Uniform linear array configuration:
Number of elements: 4
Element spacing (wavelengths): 0.25
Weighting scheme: exponential
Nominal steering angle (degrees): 0
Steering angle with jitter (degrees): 1.199
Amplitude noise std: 0.05
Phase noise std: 0.05

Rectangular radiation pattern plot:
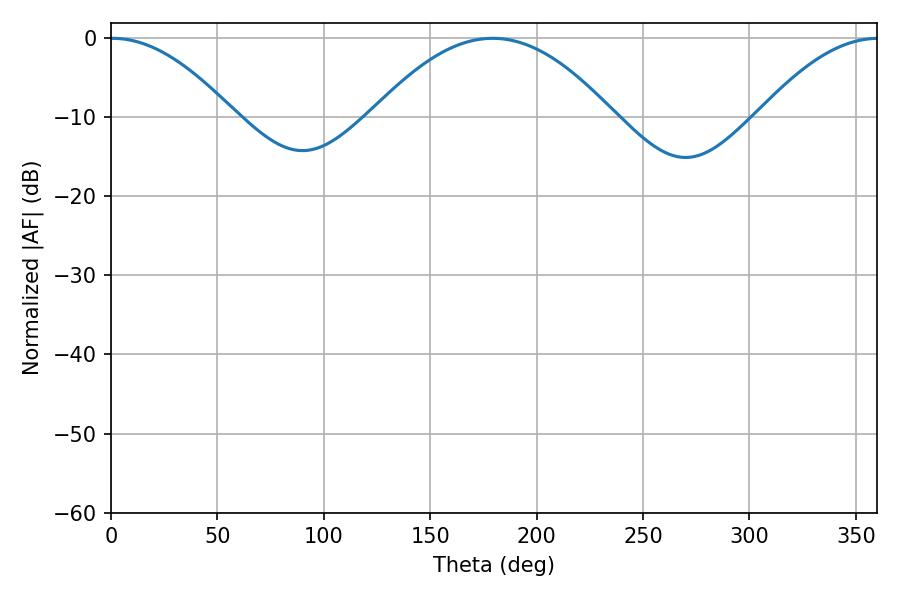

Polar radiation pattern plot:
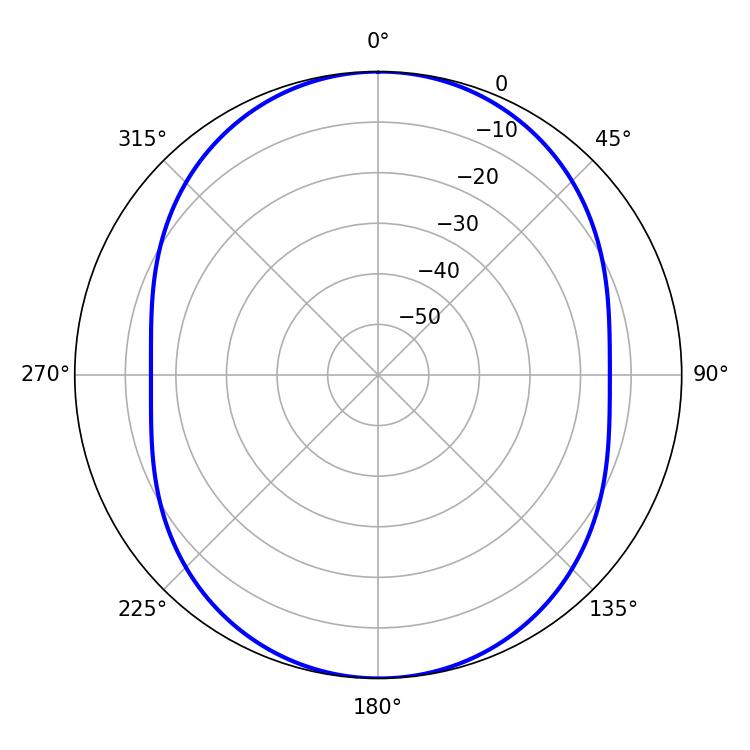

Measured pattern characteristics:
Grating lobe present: FALSE
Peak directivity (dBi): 17.768
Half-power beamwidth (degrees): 31.68
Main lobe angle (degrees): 0.72